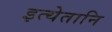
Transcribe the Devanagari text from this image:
इत्येतानि